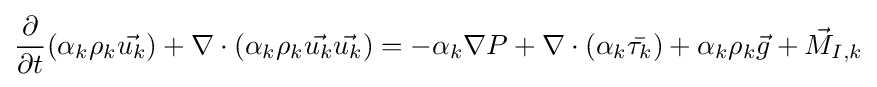
{\frac {\partial }{\partial t}}(\alpha _{k}\rho _{k}{\vec {u_{k}}})+\nabla \cdot (\alpha _{k}\rho _{k}{\vec {u_{k}}}{\vec {u_{k}}})=-\alpha _{k}\nabla P+\nabla \cdot (\alpha _{k}{\bar {\tau _{k}}})+\alpha _{k}\rho _{k}{\vec {g}}+{\vec {M}}_{I,k}